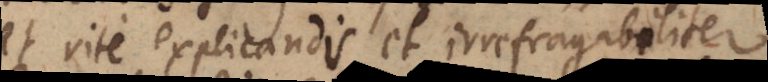
et rite explicandis et irrefragibiliter